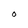
Character: O